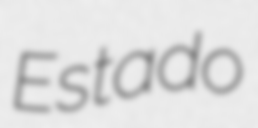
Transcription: Estado